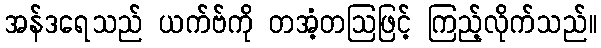
အန်ဒရေသည် ယက်ဗ်ကို တအံ့တဩဖြင့် ကြည့်လိုက်သည်။